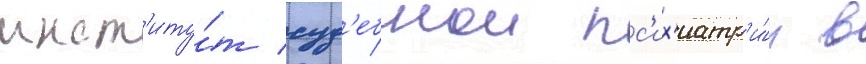
инст'иту́т суд'ебнои пс'их'иатр'и́и в